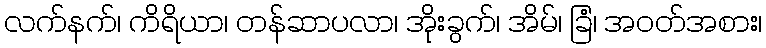
လက်နက်၊ ကိရိယာ၊ တန်ဆာပလာ၊ အိုးခွက်၊ အိမ်၊ ခြံ၊ အဝတ်အစား၊